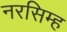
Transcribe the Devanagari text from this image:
नरसिम्ह